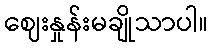
ဈေးနှုန်းမချိုသာပါ။